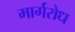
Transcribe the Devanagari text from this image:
मार्गरोध